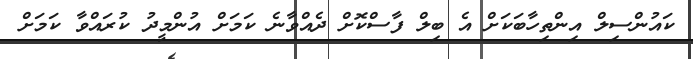
ކައުންސިލް އިންތިހާބަކަށް އެ ބިލް ފާސްކޮށް ދެއްވާނެ ކަމަށް އުންމީދު ކުރައްވާ ކަމަށް